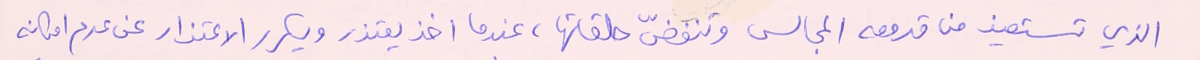
الذي تستعين من قدومه المجالس وتنفضّ حلقاتها، عندما اخذ يعتذر ويكرر الاعتذار عن عدم امكانه